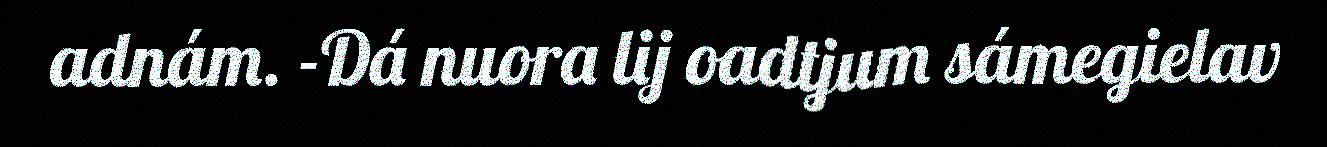
adnám. -Dá nuora lij oadtjum sámegielav